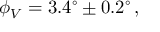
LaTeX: \phi _ { V } = 3 . 4 ^ { \circ } \pm 0 . 2 ^ { \circ } \, ,